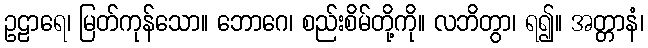
ဥဠာရေ၊ မြတ်ကုန်သော။ ဘောဂေ၊ စည်းစိမ်တို့ကို။ လဘိတွာ၊ ရ၍။ အတ္တာနံ၊